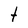
Character: t